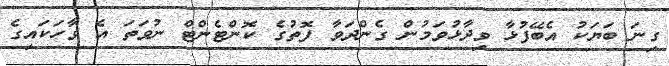
ގިނަ ބަޔަކު އެބޭފުޅާ ވިދާޅުވަމުން ގެންދަވާ ފޮތުގެ ކޮންޓެންޓް ނުވަތަ އެ ވާހަކައިގެ